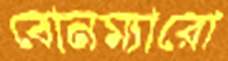
বোনম্যারো